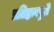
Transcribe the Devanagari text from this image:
प्रतिष्ठानपुरी